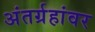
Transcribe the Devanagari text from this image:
अंतर्ग्रहांवर